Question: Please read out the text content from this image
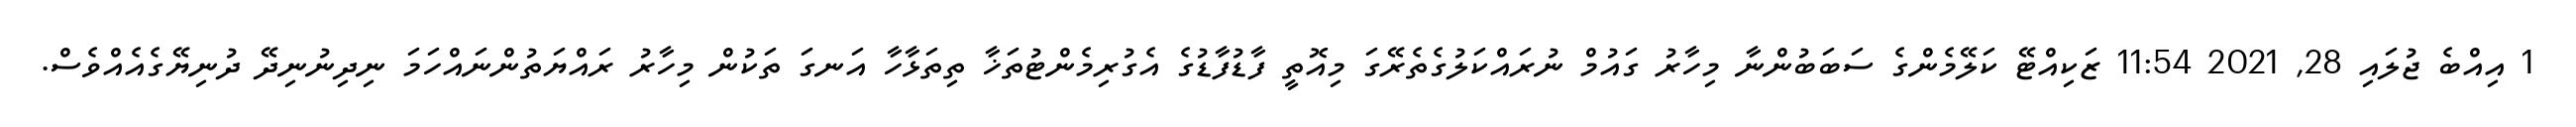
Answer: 1 އިއްބެ ޖުލައި 28, 2021 11:54 ޒަކިއްޓޭ ކަލޭމެންގެ ސަބަބުންނާ މިހާރު ގައުމް ނުރައްކަލުގެތެރޭގަ މިއޮތީ ފާޑުފާޑުގެ އެގުރިމެންޓުތަޚާ ތިތަޅާހާ އަނގަ ތަކުން މިހާރު ރައްޔަތުންނައްހަމަ ނިދިނުނިދޭ ދުނިޔޭގެއެއްވެސް.